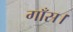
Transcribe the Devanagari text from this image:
गाँस।